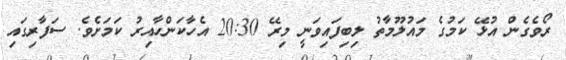
ރޯވެގެން އުޅޭ ކަމުގެ މައުލޫމާތު ލިބިފައިވަނީ މިރޭ 20:30 އެހާކަންހާއިރު ކަމަށެވެ. ސަފާރިގައި